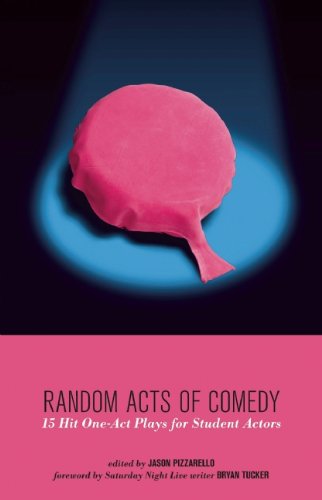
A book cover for Random Acts of Comedy: 15 Hit One-Act Plays for Student Actors; Literature & Fiction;